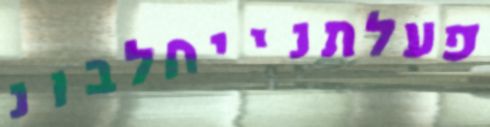
פעלתנייחלבונ